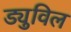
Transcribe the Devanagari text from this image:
ड्युविल